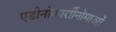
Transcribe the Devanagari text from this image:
एडीनोकार्सीनोमाओं